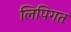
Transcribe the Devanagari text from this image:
लिपिगत